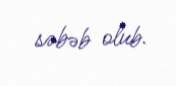
səbəb olub.